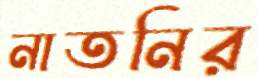
নাতনির